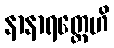
နာနာရတ္တေဟိ